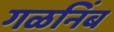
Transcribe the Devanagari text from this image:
गळनिंब